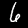
Digit: 6